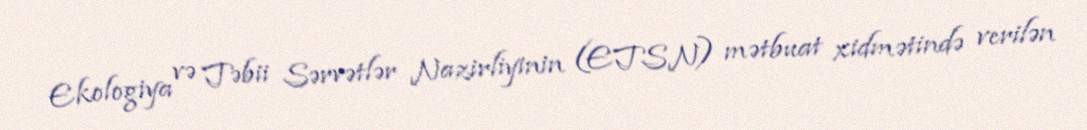
Ekologiya və Təbii Sərvətlər Nazirliyinin (ETSN) mətbuat xidmətində verilən